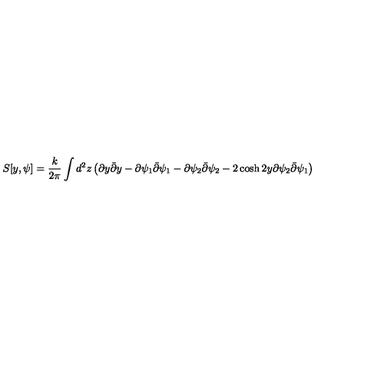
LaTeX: S [ y , \psi ] = \frac { k } { 2 \pi } \int d ^ { 2 } z \left( \partial y \bar { \partial } y - \partial \psi _ { 1 } \bar { \partial } \psi _ { 1 } - \partial \psi _ { 2 } \bar { \partial } \psi _ { 2 } - 2 \cosh { 2 y } \partial \psi _ { 2 } \bar { \partial } \psi _ { 1 } \right)